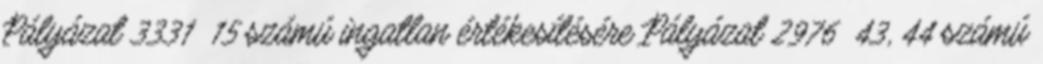
Pályázat 3331 15 számú ingatlan értékesítésére Pályázat 2976 43, 44 számú